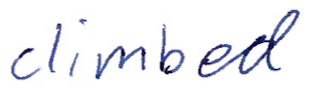
Text: climbed
Cross-out: clean
Writing tool: ballpoint